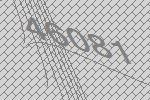
46081